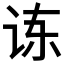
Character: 𫍝